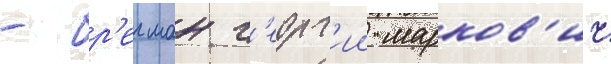
- бр'егман г'еорг'ии марков'ич